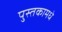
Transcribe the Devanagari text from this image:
पुस्तकामधे